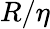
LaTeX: R/\eta